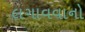
લગાવવાનો